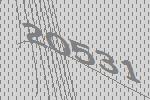
20531